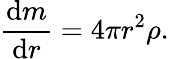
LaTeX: {\frac{{\mathrm{d}}m}{{\mathrm{d}}r}}=4\pi r^{2}\rho.